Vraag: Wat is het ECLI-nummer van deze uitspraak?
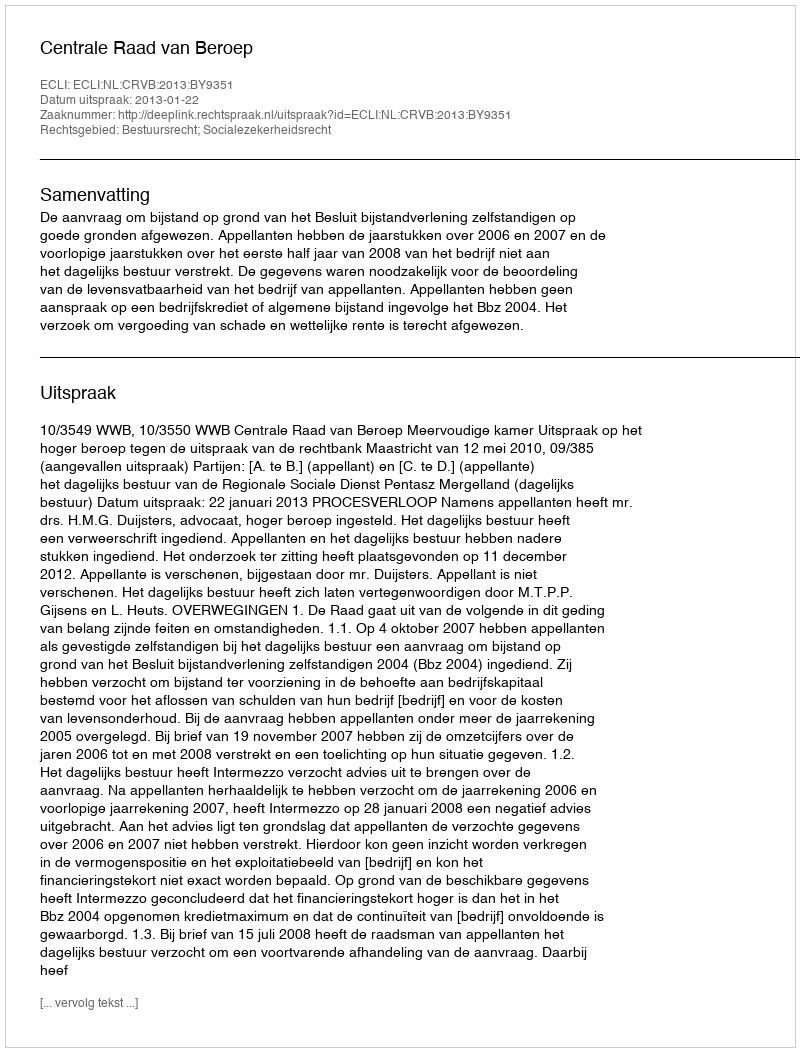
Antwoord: ECLI:NL:CRVB:2013:BY9351